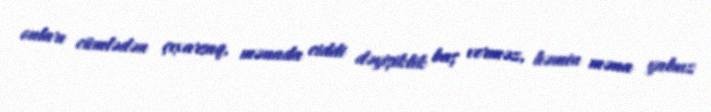
onları cümlədən çıxarsaq, mənada ciddi dəyişiklik baş verməz, həmin məna yalnız